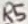
Text: R5